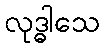
လုဒ္ဓါသေ